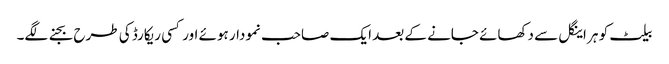
بیلٹ کو ہر اینگل سے دکھائے جانے کے بعد ایک صاحب نمودار ہوئے اور کسی ریکارڈ کی طرح بجنے لگے۔